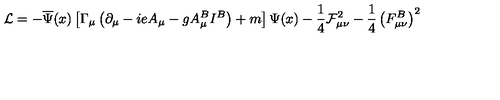
\mathcal { L } = - \overline { { \Psi } } ( x ) \left[ \Gamma _ { \mu } \left( \partial _ { \mu } - i e A _ { \mu } - g A _ { \mu } ^ { B } I ^ { B } \right) + m \right] \Psi ( x ) - \frac 1 4 \mathcal { F } _ { \mu \nu } ^ { 2 } - \frac 1 4 \left( F _ { \mu \nu } ^ { B } \right) ^ { 2 }